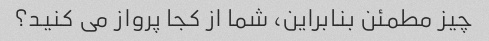
چیز مطمئن بنابراین، شما از کجا پرواز می کنید؟